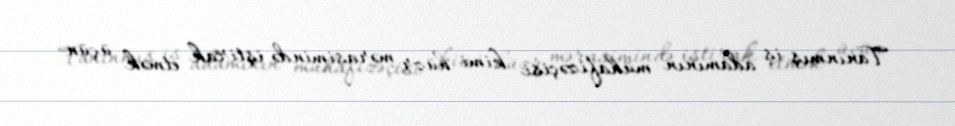
Tanınmış iş adamının mühafizəçisi kimi hüzr mərasimində iştirak etmək üçün